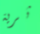
ثرية